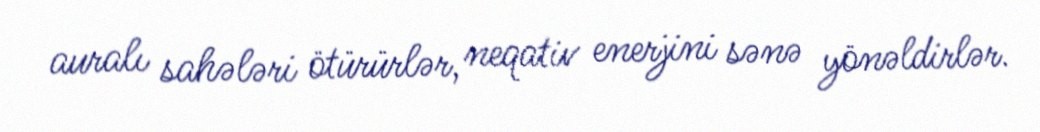
auralı sahələri ötürürlər, neqativ enerjini sənə yönəldirlər.